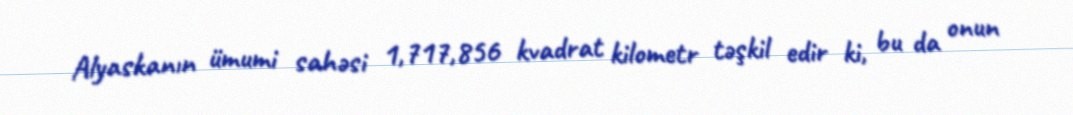
Alyaskanın ümumi sahəsi 1,717,856 kvadrat kilometr təşkil edir ki, bu da onun